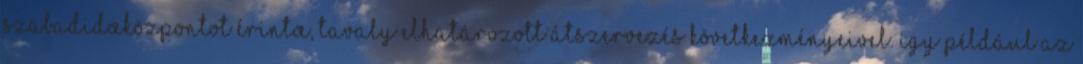
szabadidœközpontot érintœ, tavaly elhatározott átszervezés következményeivel. Így például az